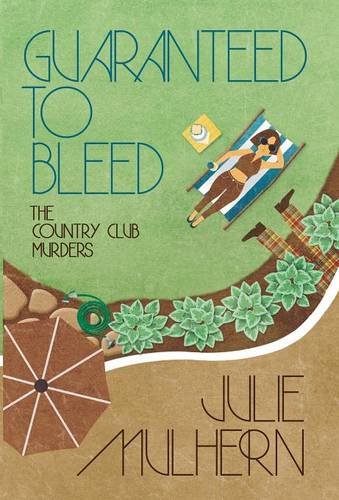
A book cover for GUARANTEED TO BLEED; Julie Mulhern; Mystery, Thriller & Suspense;